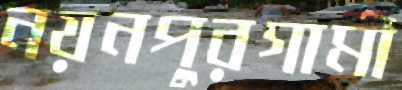
নয়নপুরগামী